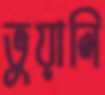
ভুয়ালি